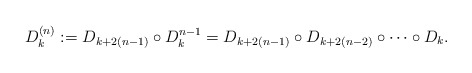
\begin{align*} D_k^{(n)} := D_{k+2(n-1)}\circ D_k^{n-1}=D_{k+2(n-1)} \circ D_{k+2(n-2)} \circ \cdots \circ D_k.\end{align*}